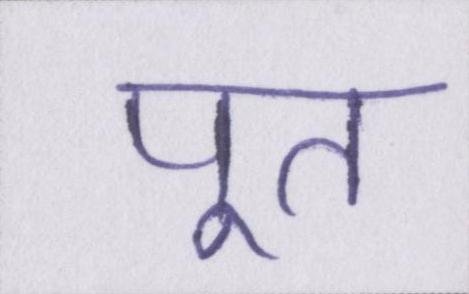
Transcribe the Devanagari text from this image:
पूत